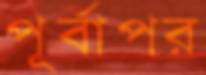
পূর্বাপর